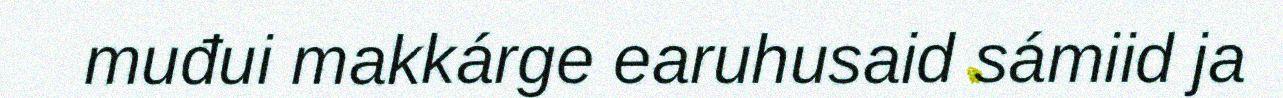
muđui makkárge earuhusaid sámiid ja